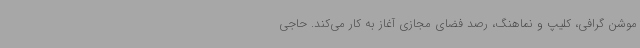
موشن گرافی، کلیپ و نماهنگ، رصد فضای مجازی آغاز به کار می‌کند. حاجی